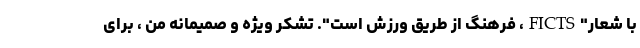
با شعار"FICTS، فرهنگ از طریق ورزش است". تشکر ویژه و صمیمانه من ، برای